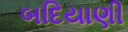
બદિયાણી